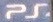
PS.